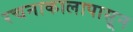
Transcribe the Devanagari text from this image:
रचनाकालापासून